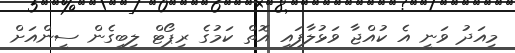
މިއަދު ވަނީ އެ ކުއްޖާ ވަޅުލާފައި އޮތް ކަމުގެ ރިޕޯޓް ލިބިގެން ސީންއަށް